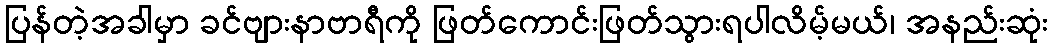
ပြန်တဲ့အခါမှာ ခင်ဗျားနာဗာရီကို ဖြတ်ကောင်းဖြတ်သွားရပါလိမ့်မယ်၊ အနည်းဆုံး